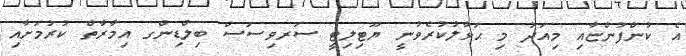
އެ ކުންފުންޏާއި މިއަދު މި ޙަވާލުކުރެވުނީ ޔޫޓިލިޓީ ސަރވިސަސް ބިލްޑިންގ އިމާރާތް ކުރުމަށާއި